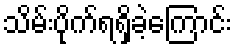
သိမ်းပိုက်ရရှိခဲ့ကြောင်း